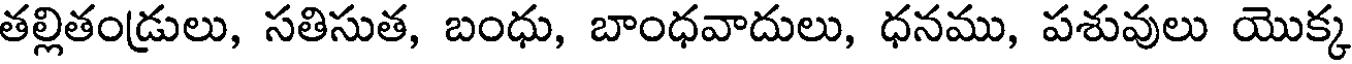
తల్లితండ్రులు, సతిసుత, బంధు, బాంధవాదులు, ధనము, పశువులు యొక్క